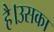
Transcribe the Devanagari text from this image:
है।उसका